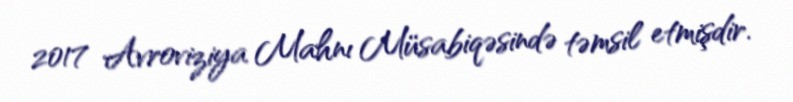
2017 Avroviziya Mahnı Müsabiqəsində təmsil etmişdir.